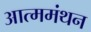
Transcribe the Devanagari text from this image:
आत्ममंथन